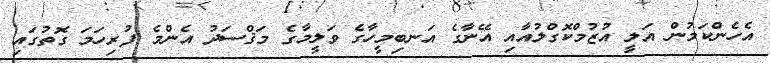
އެހެންކަމުން އަލީ އުޒުމްކޮގްލުއާއި އޭނާގެ އަނބިމީހާގެ ވަލީމާގެ މަޤްސަދު އެންމެ ފުރިހަމަ ގޮތުގައި